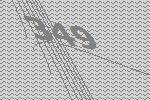
349